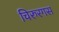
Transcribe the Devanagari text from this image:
चिरुरगस